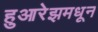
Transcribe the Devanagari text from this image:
हुआरेझमधून